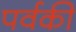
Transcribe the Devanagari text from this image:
पर्वकी